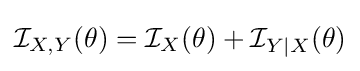
{\mathcal {I}}_{X,Y}(\theta )={\mathcal {I}}_{X}(\theta )+{\mathcal {I}}_{Y\mid X}(\theta )